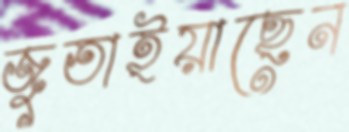
জুতাইয়াছেন